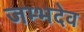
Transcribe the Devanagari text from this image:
जम्भदेव